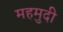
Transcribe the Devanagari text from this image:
महमुदी